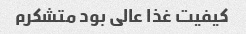
کیفیت غذا عالی بود متشکرم